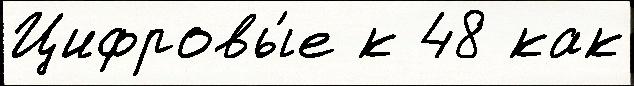
Цифровы́е к 48 как